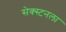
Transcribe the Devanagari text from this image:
सेक्स्टनला